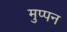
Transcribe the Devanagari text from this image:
मुप्पन